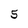
Character: S